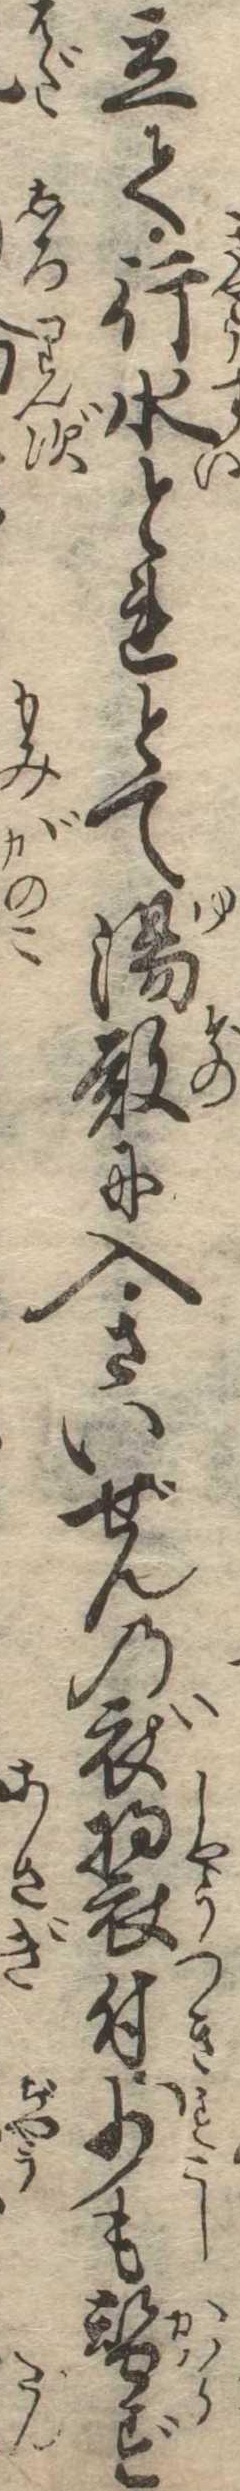
立て行水とれとて湯殿に入さいぜんの衣装付少も替ず